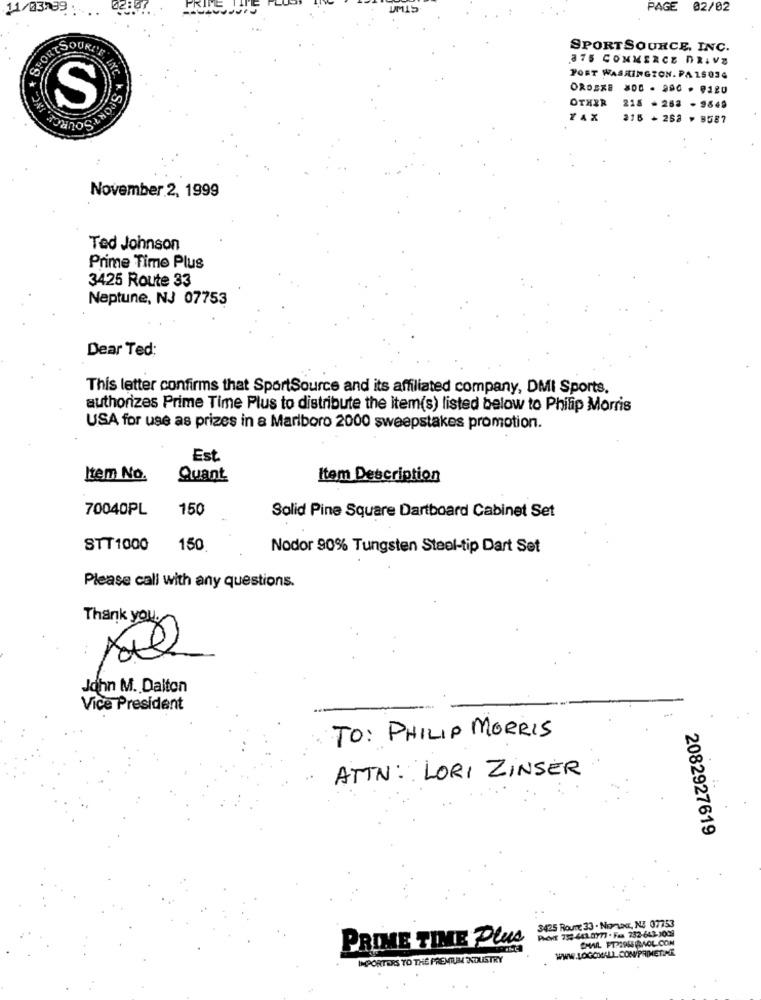
11/03/39
UMIS
PAGE
02/02
PORTSOURL'E
SPORTSOURCE, INC.
375 COMMERCE DRIVE
XC
FORT WASHINGTON. PA 15034
ORDERE 300 - 990 - 0120
OTHER
S
218 -262 - 9849
SPORT
ZAX
216 - 262 > 9587
November 2, 1999
Ted Johnson
Prime Time Plus
3425 Route 33
Neptune, NJ 07753
Dear Ted:
This letter confirms that SportSource and its affiliated company, DMI Sports.
authorizes Prime Time Plus to distribute the item(s) listed below to Philip Morris
USA for use as prizes in a Marlboro 2000 sweepstakes promotion.
Est
Item No.
Quant
Item Description
70040PL
150
Solid Pine Square Dartboard Cabinet Set
STT1000
150
Nodor 90% Tungsten Steel-tip Dart Set
Please call with any questions.
Thank you.
John M. Dalton
Vice President
TO: PHILIP MORRIS
ATTN: LORI ZINSER
2082927619
3425 Roure 33 . Nonac, NI 07753
PHONE 735-441.0777 . Faa 732-643-1009
PRIME TIME Plus
CHAIL FTP1958 @AOL.COM
IMPORTERS TO THE PREMIUM ENTAISTRY